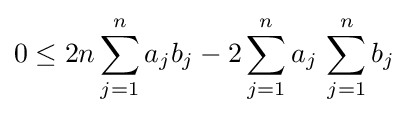
0\leq 2n\sum _{j=1}^{n}a_{j}b_{j}-2\sum _{j=1}^{n}a_{j}\,\sum _{j=1}^{n}b_{j}